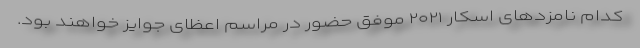
کدام نامزدهای اسکار ۲۰۲۱ موفق حضور در مراسم اعظای جوایز خواهند بود.